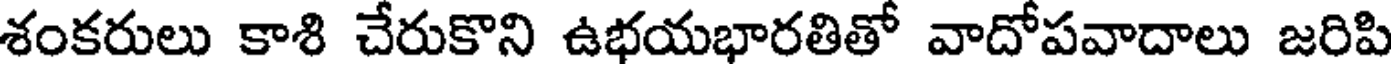
శంకరులు కాశి చేరుకొని ఉభయభారతితో వాదోపవాదాలు జరిపి